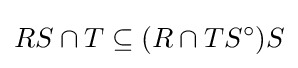
RS\cap T\subseteq (R\cap TS^{\circ })S